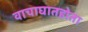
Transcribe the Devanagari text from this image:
वाचाघातहोता